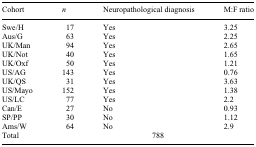
<table><thead><tr><td><b>Cohort</b></td><td><b><i>n</i></b></td><td><b>Neuropathological diagnosis</b></td><td><b>M:F ratio</b></td></tr></thead><tbody><tr><td>Swe/H</td><td>17</td><td>Yes</td><td>3.25</td></tr><tr><td>Aus/G</td><td>63</td><td>Yes</td><td>2.25</td></tr><tr><td>UK/Man</td><td>94</td><td>Yes</td><td>2.65</td></tr><tr><td>UK/Not</td><td>40</td><td>Yes</td><td>1.65</td></tr><tr><td>UK/Oxf</td><td>50</td><td>Yes</td><td>1.21</td></tr><tr><td>US/AG</td><td>143</td><td>Yes</td><td>0.76</td></tr><tr><td>UK/QS</td><td>31</td><td>Yes</td><td>3.63</td></tr><tr><td>US/Mayo</td><td>152</td><td>Yes</td><td>1.38</td></tr><tr><td>US/LC</td><td>77</td><td>Yes</td><td>2.2</td></tr><tr><td>Can/E</td><td>27</td><td>No</td><td>0.93</td></tr><tr><td>SP/PP</td><td>30</td><td>No</td><td>1.12</td></tr><tr><td>Ams/W</td><td>64</td><td>No</td><td>2.9</td></tr><tr><td>Total</td><td colspan="3">788</td></tr></tbody></table>